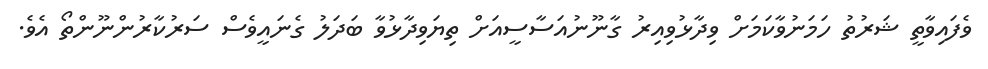
ވެފައިވާތީ ޝަރުތު ހަމަނުވާކަމަށް ވިދާޅުވިއިރު ގާނޫނުއަސާސީއަށް ތިޔަވިދާޅުވާ ބަދަލު ގެނައީވެސް ސަރުކާރުންނޫންތޯ އެވެ.